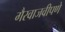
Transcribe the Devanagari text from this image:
गैरवाजवीपणे